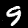
Digit: 9